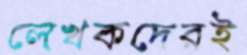
লেখকদেরই